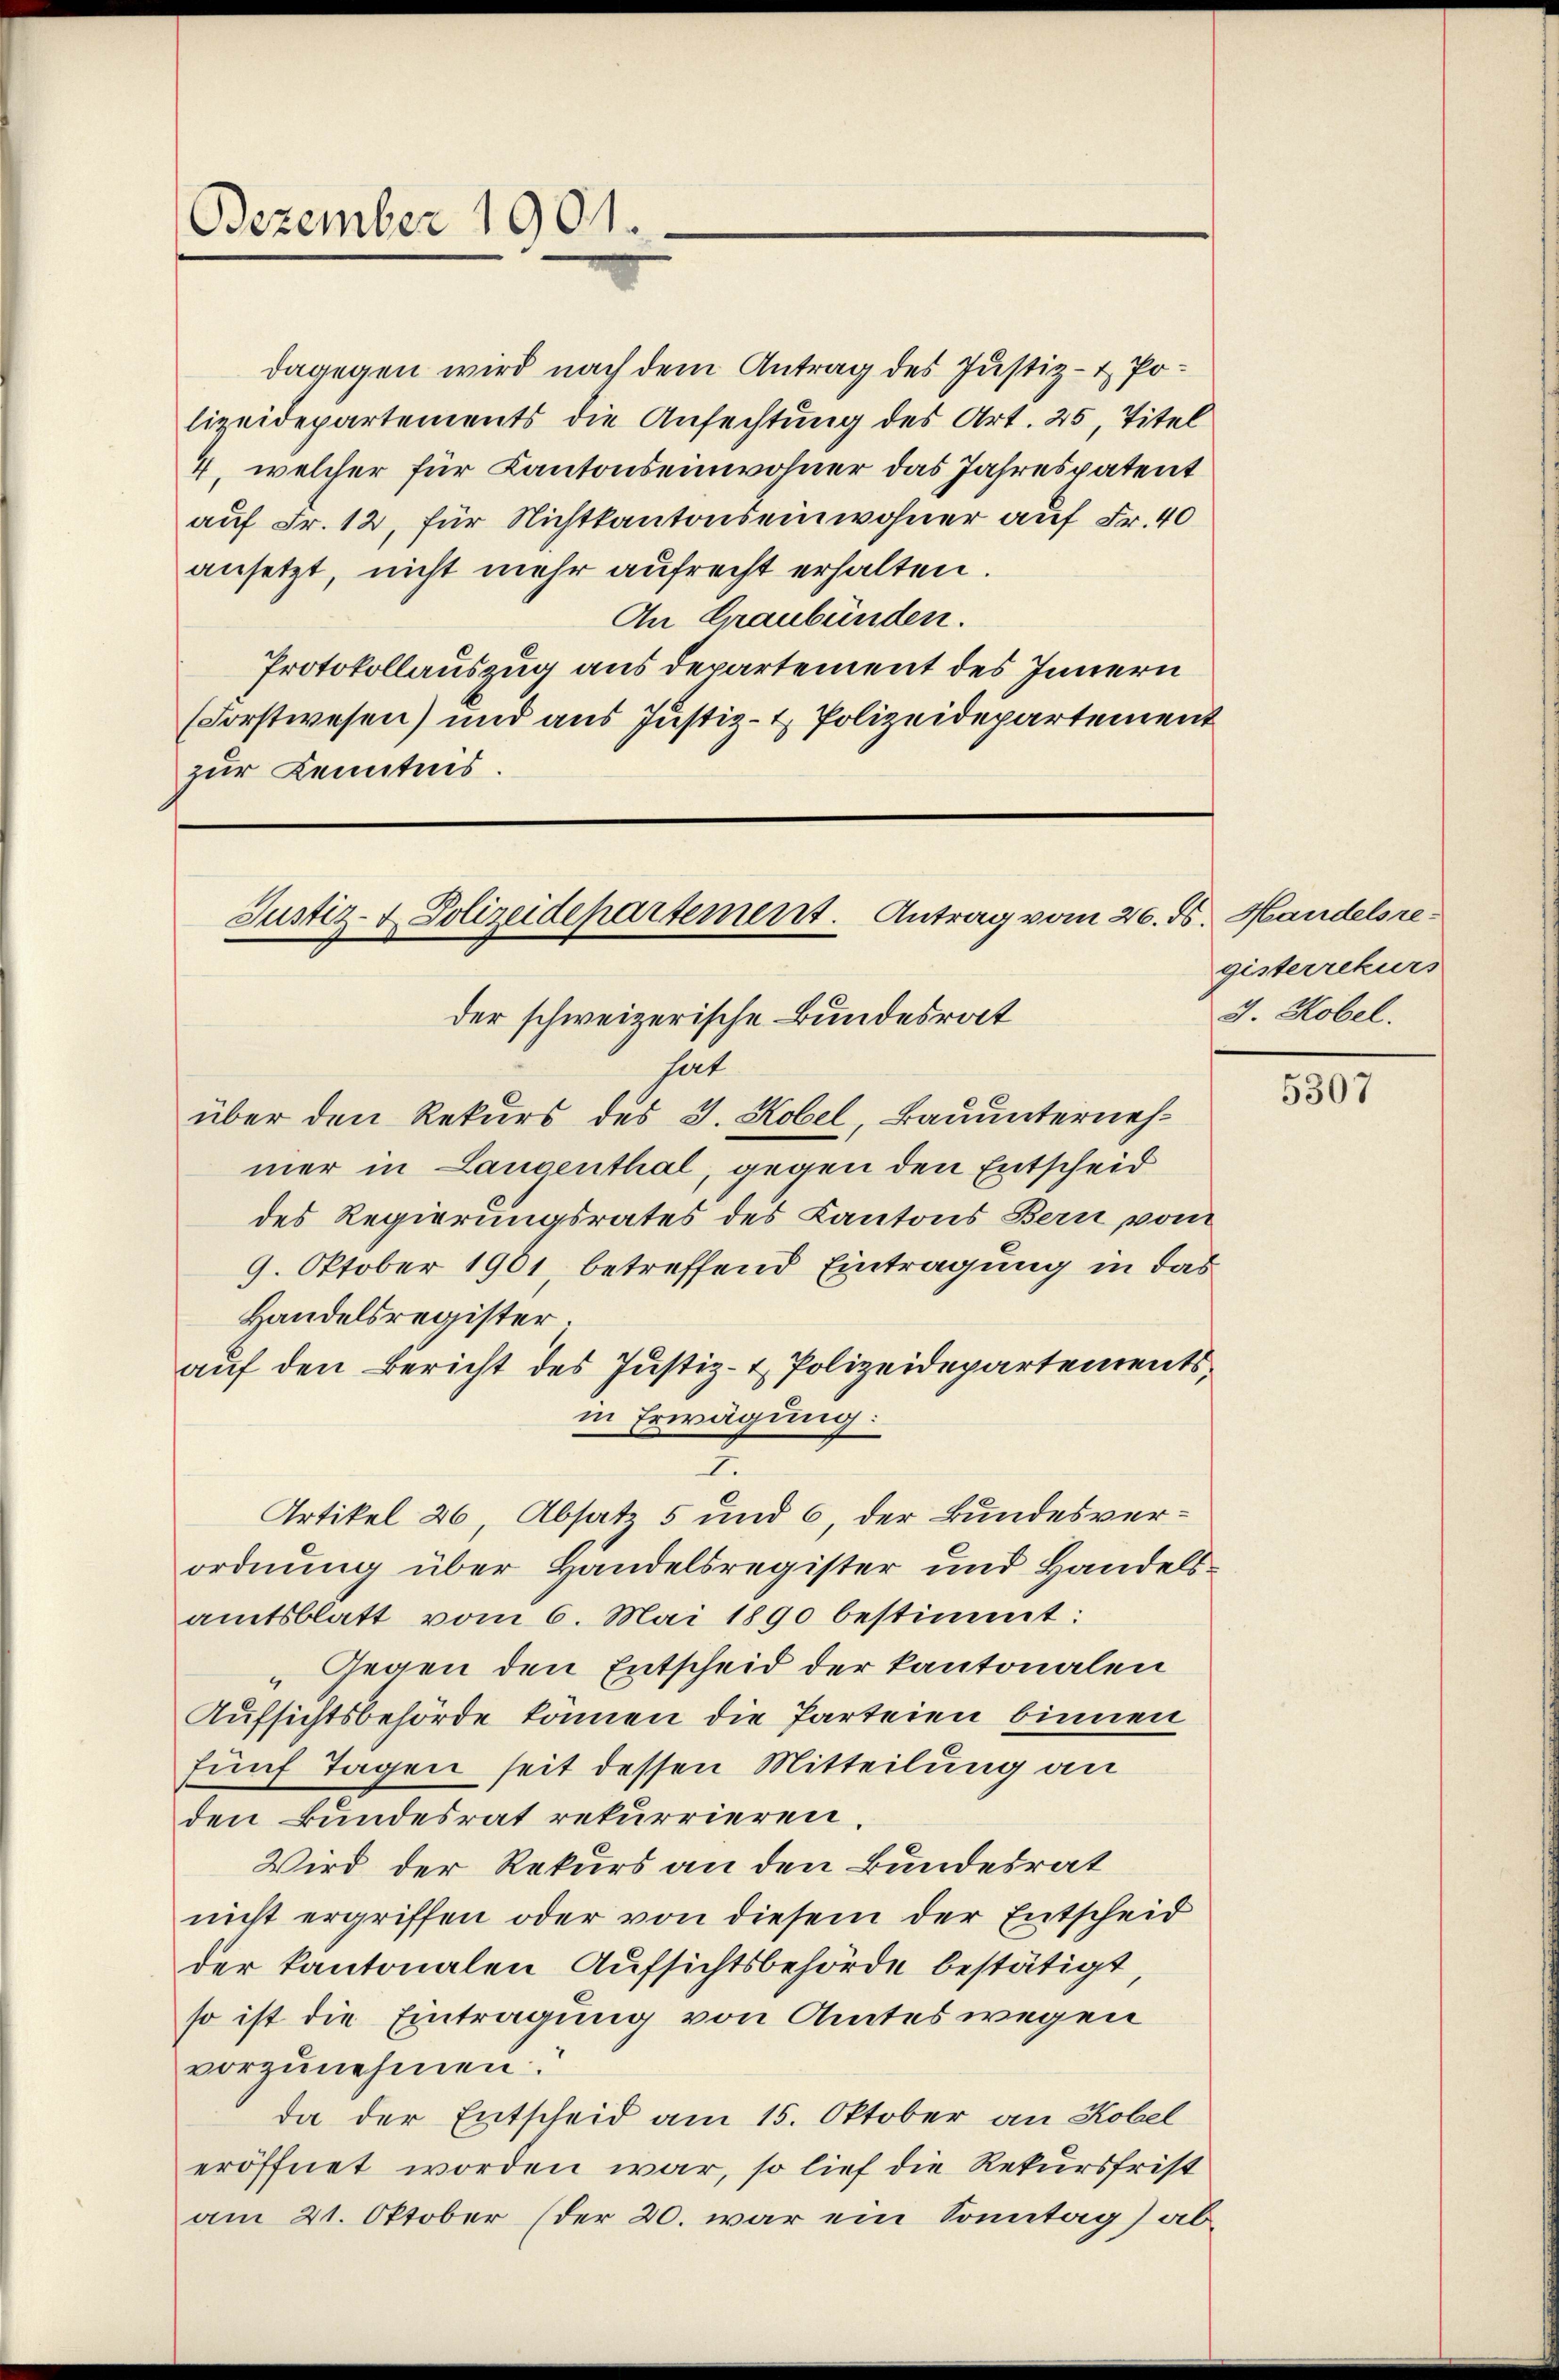
Dezember 1901.

dagegen wird nach dem Antrag des Justiz- & Polizeidepartements die Anfechtung des Art. 25, Titel
4, welcher für Kantonseinwohner das Jahrespatent
auf Fr. 12, für Nichtkantonseinwohner auf Fr. 40
ansetzt, nicht mehr aufrecht erhalten.
An Graubünden.
Protokollauszug aus departement des Innern
(Forstwesen) und aus Justiz- & Polizeidepartement
zur Kenntnis.

Justiz- & Polizeidepartement. Antrag vom 26. ds. Handelsreder schweizerische Bundesrat

hart
über den Rekurs des 3. Kobel, Bauunternehmer in Lausenthal, gegen den Entscheid
des Regierungsrates des Kantons Bern vom
9. Oktober 1901, betreffend Eintragung in das
Handelsregister.
auf den Bericht des Justiz- & Polizeidepartementsin Erwägung:
I.
Artikel 26 Absatz 5 und 6, der Bundesverordnung über Handelsregister und Handelsamtsblatt vom 6. Mai 1890 bestimmt:
„Gegen den Entscheid der kantonalen
Aufsichtsbehörde können die Parteien binnen
fünf Tagen seit dessen Mitteilung an
den Bundesrat rekurrieren.
Wird der Rekurs an den Bundesrat
nicht ergriffen oder von diesem der Entscheid
der kantonalen Aufsichtsbehörde bestätigt
so ist die Eintragung von Amtes wegen
vorzunehmen.
da der Entscheid am 15. Oktober an Kobel
eröffnet worden war, so lief die Rekursfrist
am 21. Oktober (der 20. war ein Sonntag ab¬

gisterrekurs
3. Kobel.

5307